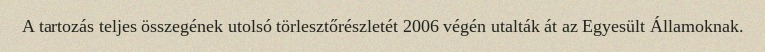
A tartozás teljes összegének utolsó törlesztőrészletét 2006 végén utalták át az Egyesült Államoknak.